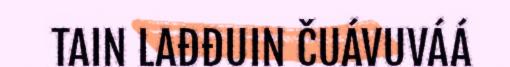
TAIN LAĐĐUIN ČUÁVUVÁÁ